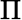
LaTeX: \Pi